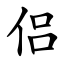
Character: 侣